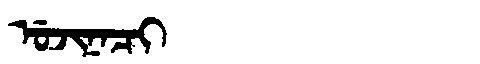
Manchu: ᡠᠵᡳᠨᠠᠴᡳ
Romanization: UJINACI